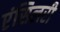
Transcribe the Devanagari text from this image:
एंसिलरी